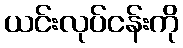
ယင်းလုပ်ငန်းကို